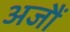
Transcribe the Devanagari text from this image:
अजौं